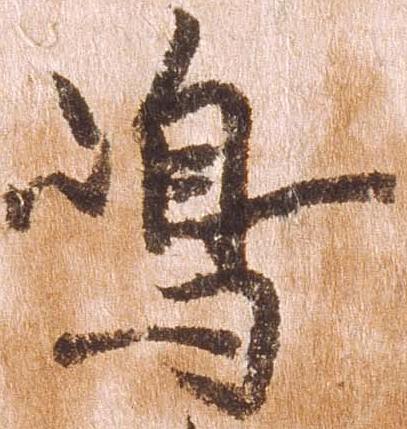
嶋